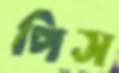
পিস